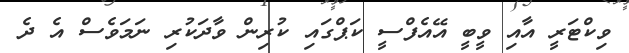
ވިކްޓަރީ އާއި ވީބީ އޭއެފްސީ ކަޕްގައި ކުރިން ވާދަކުރި ނަމަވެސް އެ ދެ